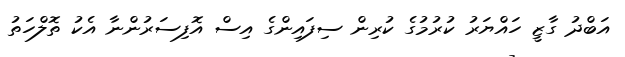
އަބްދު ގާޒީ ހައްޔަރު ކުރުމުގެ ކުރިން ސިފައިންގެ އިސް އޮފިސަރުންނާ އެކު ތޮލްހަތު